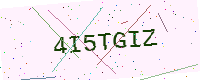
Text: 4I5TGIZ